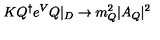
K Q ^ { \dagger } e ^ { V } Q | _ { D } \rightarrow m _ { Q } ^ { 2 } | A _ { Q } | ^ { 2 }